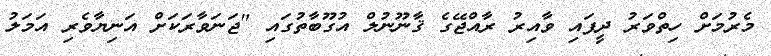
މެރުމަށް ހިތްވަރު ދީފައި ވާއިރު ރާއްޖޭގެ ޤާނޫނުލް އުގޫބާތުގައި "ޖަނަވާރަކަށް އަނިޔާވެރި އަމަލު